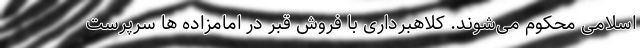
اسلامی محکوم می‌شوند. کلاهبرداری با فروش قبر در امامزاده ها سرپرست